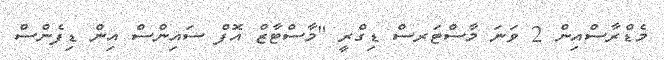
މެޑްރާސްއިން 2 ވަނަ މާސްޓަރސް ޑިގްރީ "މާސްޓާޒް އޮފް ސައިންސް އިން ޑިފެންސް